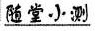
随堂小测